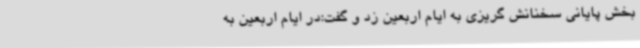
بخش پایانی سخنانش گریزی به ایام اربعین زد و گفت:در ایام اربعین به